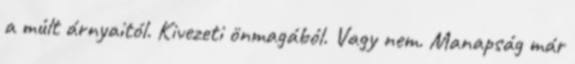
a múlt árnyaitól. Kivezeti önmagából. Vagy nem. Manapság már